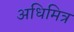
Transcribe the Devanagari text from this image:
अधिमित्र